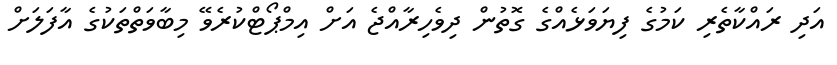
އަދި ރައްކާތެރި ކަމުގެ ފިޔަވަޅެއްގެ ގޮތުން ދިވެހިރާއްޖެ އަށް އިމްޕޯޓްކުރެވޭ މިބާވަތްތަކުގެ އާފަލަށް